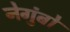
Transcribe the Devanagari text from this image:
नेगुंबो